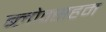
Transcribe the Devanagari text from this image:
ब्लोक्सहम